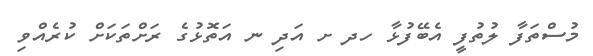
މުސްތަފާ ލުތުފީ އެބޭފުޅާ ހދ ށ އަދި ނ އަތޮޅުގެ ރަށްތަކަށް ކުރެއްވި